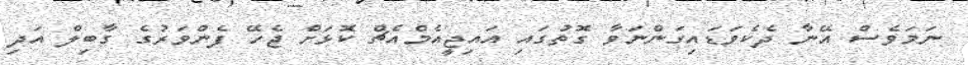
ނަމަވެސް އޭނާ ދެކެވަޑައިގަންނަވާ ގޮތުގައި އައިޖީއެމްއެޗް ކޮޅަށް ޖެހޭ ފެންވަރުގެ ގާބިލް އަދި